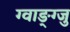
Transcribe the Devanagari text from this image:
ग्वाङ्ग्जु